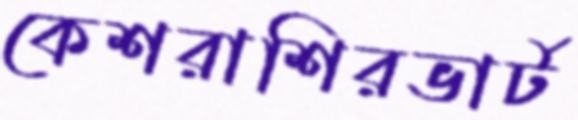
কেশরাশিরভার্ট